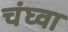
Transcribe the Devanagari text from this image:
चंघ्वा